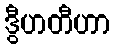
ဒွီဟတီဟာ